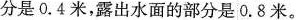
部分是0.4米，露出水面的部分是0.8米。